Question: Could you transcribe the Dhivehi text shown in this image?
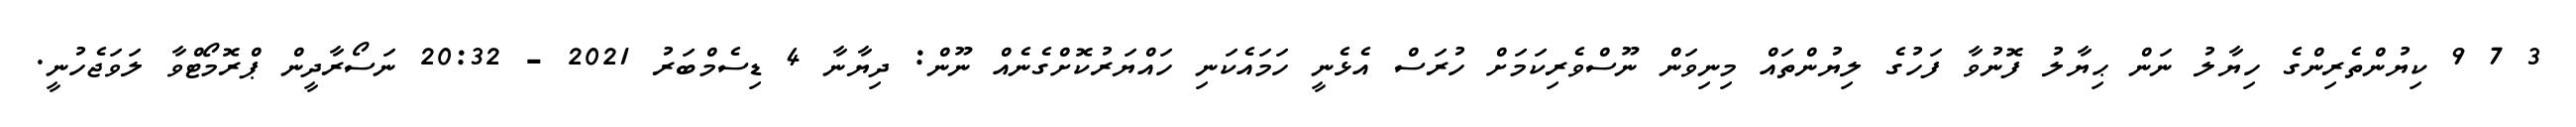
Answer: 3 7 9 ކިޔުންތެރިންގެ ހިޔާލު ނަން ޙިޔާލު ފޮނުވާ ފަހުގެ ލިޔުންތައް މިނިވަން ނޫސްވެރިކަމަށް ހުރަސް އެޅެނީ ހަމައެކަނި ހައްޔަރުކޮށްގެނެއް ނޫން: ދިޔާނާ 4 ޑިސެމްބަރު 2021 - 20:32 ނަސޯރާދީން ޕްރޮމޯޓްވާ ލަވަޖެހުނީ.